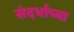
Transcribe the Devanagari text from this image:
संदर्भाच्या